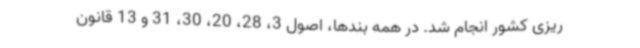
ریزی کشور انجام شد. در همه بندها، اصول 3، 28، 20، 30، 31 و 13 قانون